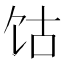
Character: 𫗡